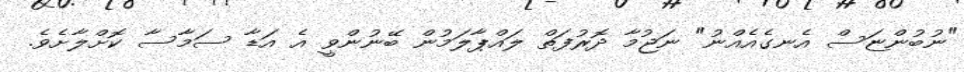
"ނުބުންޏަސް އެނގެއެއްނު" ނަޖުމާ ދޮރުފަތް ލައްޕާލަމުން ބޭނުންވީ އެ އަޑާ ސަމާސާ ކޮށްލާށެވެ.